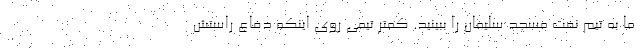
ما به تیم نفت مسجد سلیمان را ببینید. کمتر تیمی روی اینکه دفاع راستش